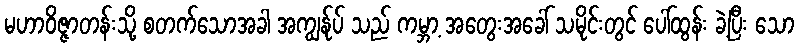
မဟာဝိဇ္ဇာတန်းသို့ စတက်သောအခါ အကျွန်ုပ် သည် ကမ္ဘာ့ အတွေးအခေါ် သမိုင်းတွင် ပေါ်ထွန်း ခဲ့ပြီး သော